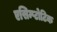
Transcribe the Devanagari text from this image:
एसिम्प्टोटिक